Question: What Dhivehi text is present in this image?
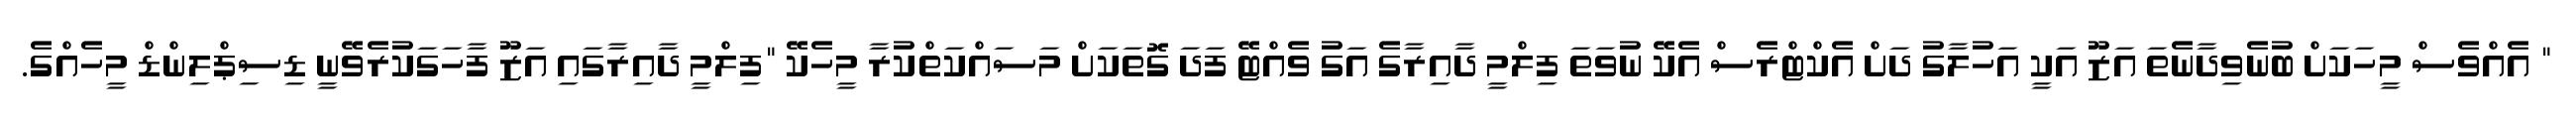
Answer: " އެއްވެސް މީހަކަށް ބުނެވިދާނެތަ އަޒޫ އަކީ އަހުލާގު ދަށް އެކްޓްރެސް އެކޭ ނުވަތަ ފިލްމީ ދާއިރާގެ އަގު ވެއްޓޭ ފަދަ ގޮތަކަށް މަސައްކަތްކުރާ މީހެކޭ "ފިލްމީ ދާއިރާގައި އަޒޫ ފާހަގަކުރެވޭނީ ޑިސިޕްލިންޑް މީހެއްގެ.